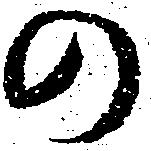
の